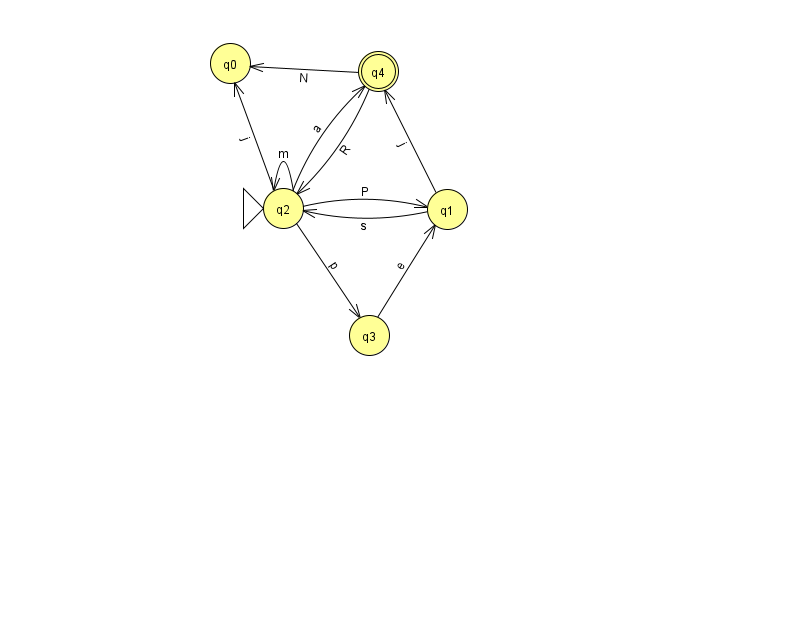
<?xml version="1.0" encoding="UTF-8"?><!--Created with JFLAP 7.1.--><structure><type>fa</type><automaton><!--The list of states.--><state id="0" name="q0"><x>230.0</x><y>50.0</y></state><state id="1" name="q1"><x>447.0</x><y>196.0</y></state><state id="2" name="q2"><x>283.0</x><y>195.0</y><initial/></state><state id="3" name="q3"><x>369.0</x><y>322.0</y></state><state id="4" name="q4"><x>378.0</x><y>58.0</y><final/></state><!--The list of transitions.--><transition><from>4</from><to>2</to><read>R</read></transition><transition><from>2</from><to>4</to><read>a</read></transition><transition><from>4</from><to>0</to><read>N</read></transition><transition><from>2</from><to>0</to><read>j</read></transition><transition><from>2</from><to>1</to><read>P</read></transition><transition><from>1</from><to>2</to><read>s</read></transition><transition><from>2</from><to>3</to><read>p</read></transition><transition><from>3</from><to>1</to><read>e</read></transition><transition><from>1</from><to>4</to><read>j</read></transition><transition><from>2</from><to>2</to><read>m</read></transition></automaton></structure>